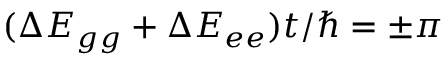
( \Delta E _ { g g } + \Delta E _ { e e } ) t / \hbar = \pm \pi